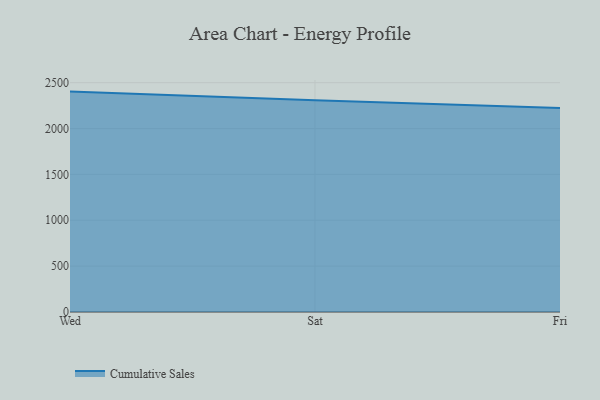
{"axis": {"x": "Day", "y": "Customer Acquisition Cost (USD)"}, "legend": ["Cumulative Sales"], "data": [{"x": "Wed", "y": 2402.6, "type": "Cumulative Sales"}, {"x": "Sat", "y": 2308.3, "type": "Cumulative Sales"}, {"x": "Fri", "y": 2224.9, "type": "Cumulative Sales"}]}